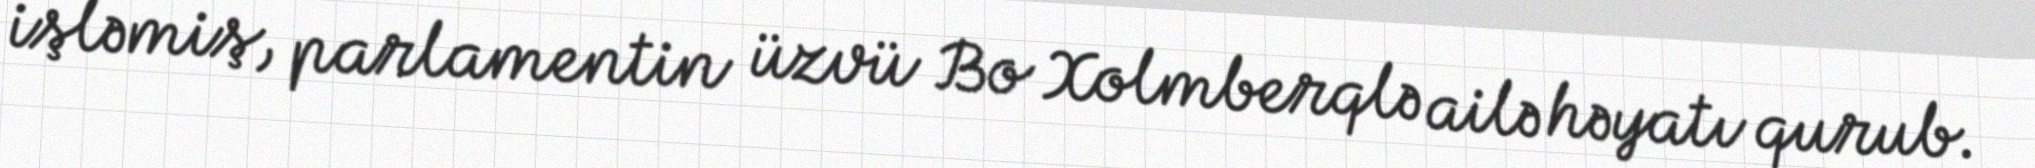
işləmiş, parlamentin üzvü Bo Xolmberqlə ailə həyatı qurub.